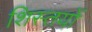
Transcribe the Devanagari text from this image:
शिस्तयों